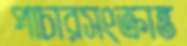
পাচারসংক্রান্ত